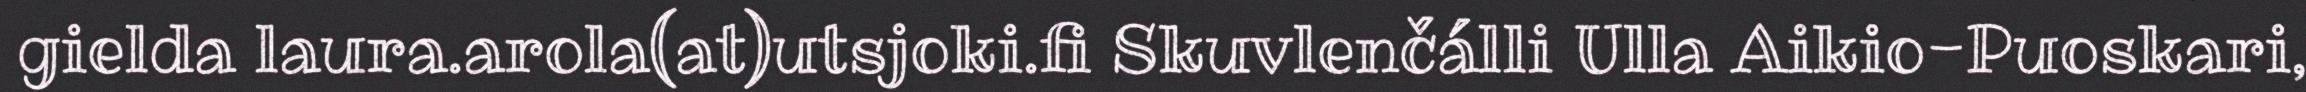
gielda laura.arola(at)utsjoki.fi Skuvlenčálli Ulla Aikio-Puoskari,